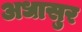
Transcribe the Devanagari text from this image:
अधासुर